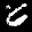
Digit: 7